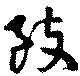
致